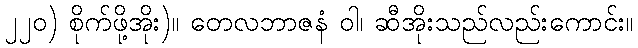
၂၂၀) စိုက်ဖို့အိုး)။ တေလဘာဇနံ ဝါ၊ ဆီအိုးသည်လည်းကောင်း။